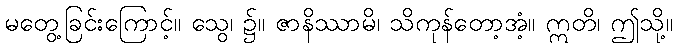
မတွေ့ခြင်းကြောင့်။ သွေ၊ ၌။ ဇာနိဿာမိ၊ သိကုန်တော့အံ့။ ဣတိ၊ ဤသို့။